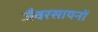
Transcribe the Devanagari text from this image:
जैवरसायनों